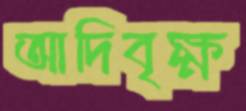
আদিবৃক্ষ